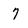
Character: 7